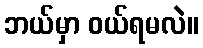
ဘယ်မှာ ဝယ်ရမလဲ။